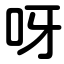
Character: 呀